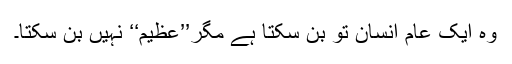
وہ ایک عام انسان تو بن سکتا ہے مگر’’عظیم‘‘ نہیں بن سکتا۔